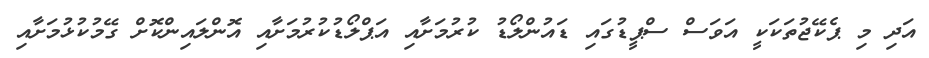
އަދި މި ޕެކޭޖުތަކަކީ އަވަސް ސްޕީޑުގައި ޑައުންލޯޑު ކުރުމަށާއި އަޕްލޯޑުކުރުމަށާއި އޮންލައިންކޮށް ގޭމުކުޅުމަށާއި